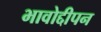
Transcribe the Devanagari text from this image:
भावोद्दीपन